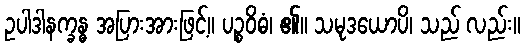
ဥပါဒါနက္ခန္ဓ အပြားအားဖြင့်။ ပဉ္စဝိဓံ၊ ၏။ သမုဒယောပိ၊ သည် လည်း။